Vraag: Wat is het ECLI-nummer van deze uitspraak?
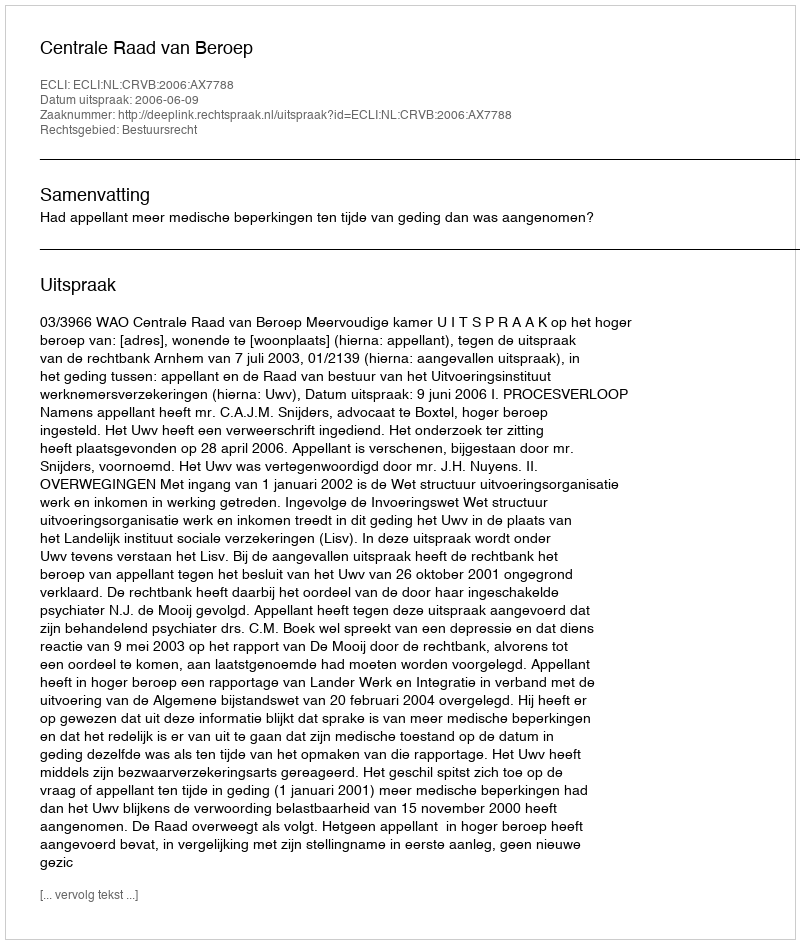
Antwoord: ECLI:NL:CRVB:2006:AX7788